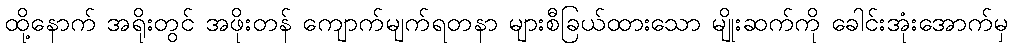
ထို့နောက် အရိုးတွင် အဖိုးတန် ကျောက်မျက်ရတနာ များစီခြယ်ထားသော မျိုးဆက်ကို ခေါင်းအုံးအောက်မှ